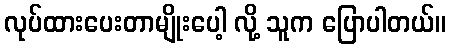
လုပ်ထားပေးတာမျိုးပေါ့ လို့ သူက ပြောပါတယ်။